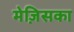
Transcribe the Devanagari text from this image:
मेज़िसका